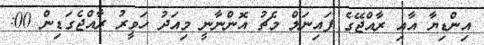
އިންޑިޔާ އާއި ރާއްޖޭގެ ފައިނަލް މެޗު އޮންނާނީ މިއަދު ހަވީރު ރާއްޖެގަޑިން 00: